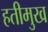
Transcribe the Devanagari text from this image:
हतीमुख